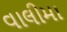
વાલીમા